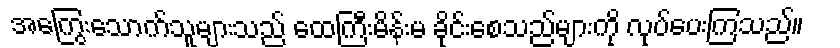
အကြွေးသောက်သူများသည် ထေကြီးမိန်းမ ခိုင်းစေသည်များကို လုပ်ပေးကြသည်။